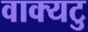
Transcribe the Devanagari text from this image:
वाक्यटु